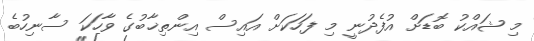
މި ޝައްކު ބޮޑަށް އުފެދުނީ މި ފަހަކަށް އައިސް އިންތިޚާބުގެ ވާހަކަ ސާނިހުބެ